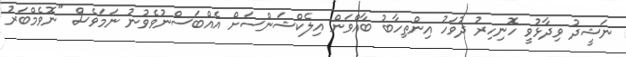
ނަޝީދު ވިދާޅުވީ ހޮނިހިރު ދުވަހު އިންތިހާބު ބާއްވަން އިލެކްޝަންސަށް އެއްބަސްނުވެވުނު ނަމަވެސް "ނޮވެމްބަރު